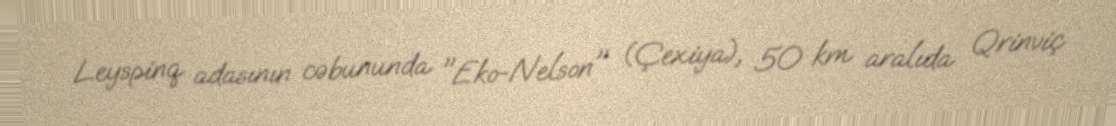
Leyspinq adasının cəbununda "Eko-Nelson" (Çexiya), 50 km aralıda Qrinviç